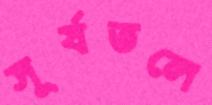
সূর্যতলে